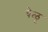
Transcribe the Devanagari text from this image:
बेळु